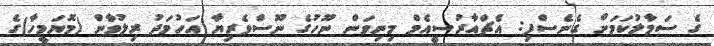
ގެ ސަމާލުކަމަށް ގެނެސްފި: އެޗްއާރުސީއެމް މިނިވަން ނޫހުގެ ނޫސްވެރިޔާ އަހުމަދު ރިލުވާން (މޮޔަމީހާ)ގެ